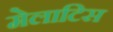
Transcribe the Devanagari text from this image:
मेलाटिस